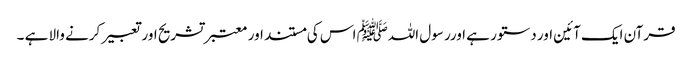
قرآن ایک آئین اور دستور ہے اورر سول اللہﷺ اس کی مستند اور معتبر تشریح اور تعبیر کرنے والا ہے ­۔